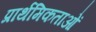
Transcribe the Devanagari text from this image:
प्रार्थमिकताओं